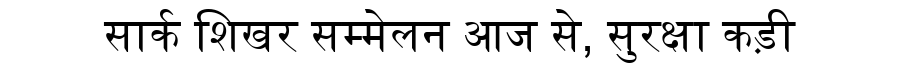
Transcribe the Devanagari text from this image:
सार्क शिखर सम्मेलन आज से, सुरक्षा कड़ी